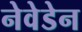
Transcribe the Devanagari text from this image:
नेवेडेन